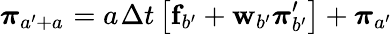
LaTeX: \boldsymbol{\pi}_{a^{\prime}+a_{}}=a_{}\Delta t{}\left[\mathbf{f}_{b^{\prime}}+\mathbf{w}_{b^{\prime}}\boldsymbol{\pi}_{b^{\prime}}^{\prime}\right]+\boldsymbol{\pi}_{a^{\prime}}